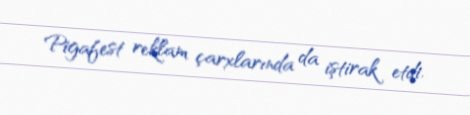
Pigafest reklam çarxlarında da iştirak etdi.